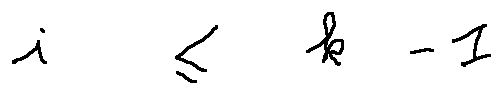
i \leq k - 1